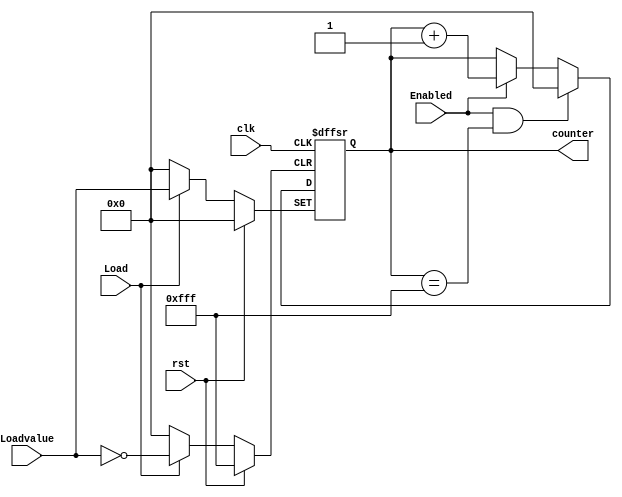
//Jos Alejandro Rodrguez Porras 19131
//Electrnica Digital 1
//Lab 8 Ejercicio 1
//Contador de 12 bits, con Load, Enabled y Reset
module up_counter(input clk, rst, Load, Enabled, input [11:0]Loadvalue, output [11:0]counter);
reg [11:0] counter_up;
// Load y reset asncronos
always @(posedge clk or posedge Load or posedge rst)
// El reset pone todos los bits del contador en 0 de forma asncrona
begin
if (rst)
    counter_up <= 12'b000000000000;
// El Load asigna un valor especfico(Loadvalue) al contador mientras Load sea igual a 1
else if(Load)
    counter_up <= Loadvalue;
//Mientras Enable sea igual a 1 el contador va sumando uno al valor previo, "va contando"
else begin 
//Si el contador llega a su valor mximo, es decir 4095 el siguiente valor que se le asigna es 0
if (Enabled == 1 & counter_up == 12'b111111111111)
    counter_up = 12'd0;
//El contador cuenta
else if (Enabled == 1)
    counter_up <= counter_up + 12'd1;
end    
end
//Se asigna el valor del contador a la salida
assign counter = counter_up;
endmodule